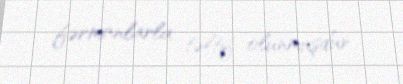
fərmanlarla təltif olunmuşdur.